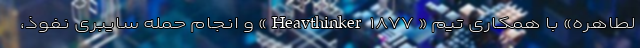
لطاهره» با همکاری تیم « Heavthinker ۱۸۷۷» و انجام حمله سایبری نفوذ،